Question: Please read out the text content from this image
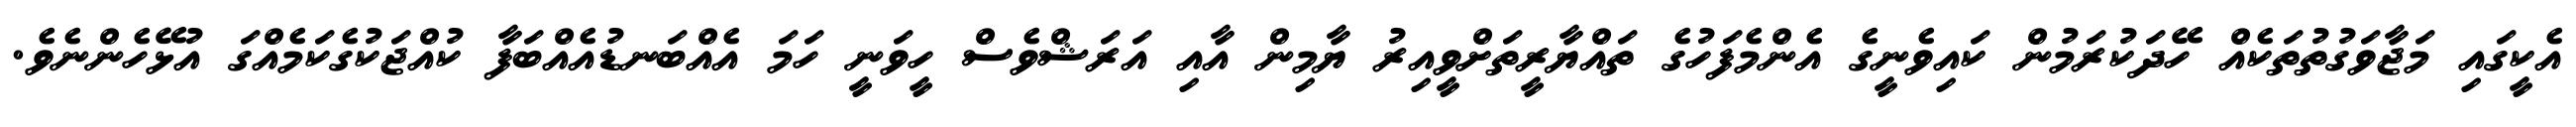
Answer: އެކީގައި މަޖާވަގުތުތަކެއް ހޭދަކުރަމުން ކައިވެނީގެ އެންމެފަހުގެ ތައްޔާރީތަށްވީއިރު ޔާމިން އާއި އަރަޝްވެސް ހީވަނީ ހަމަ އެއްބަނޑުއެއްބަފާ ކުއްޖަކުގެކަމެއްގަ އުޅޭހެންނެވެ.